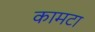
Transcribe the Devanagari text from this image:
कामटा